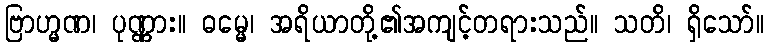
ဗြာဟ္မဏ၊ ပုဏ္ဏား။ ဓမ္မေ၊ အရိယာတို့၏အကျင့်တရားသည်။ သတိ၊ ရှိသော်။